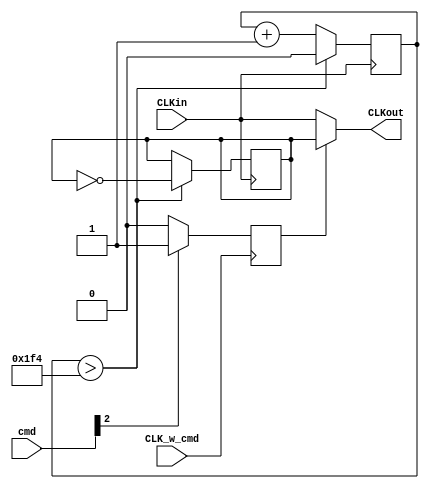
module CLKMaker(CLKin,CLKout,cmd,CLK_w_cmd);
	input CLKin;
	input [2:0]cmd;
	input CLK_w_cmd;
	output CLKout;
	reg [10:0] calc0;
	reg [10:0] calc1;
	reg [10:0] calc2;
	reg [10:0] calc3;
	reg tCLKout0;
	reg tCLKout1;
	reg tCLKout2;
	reg tCLKout3;
	reg sel;

	always @(posedge CLKin)begin
		if(calc>500)begin
			calc=0;
			tCLKout=~tCLKout;
		end else begin
			calc=calc+1;
		end
	end

	always @(posedge CLK_w_cmd)begin
		if(cmd[2]==1)begin
			sel=1;
		end else begin
			sel=0;
		end
	end

	assign CLKout=sel?tCLKout:CLKin;

endmodule